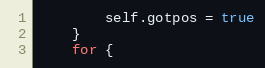
Language: Go
		self.gotpos = true
	}
	for {